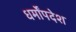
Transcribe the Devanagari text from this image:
धर्मोंपदेश